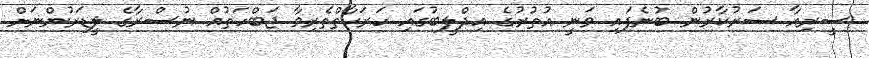
ސީރިއާ ސަރުކާރުން ބުނެފައި ވަނީ އުތުރުގެ އިދްލީބުގައި ހަރަކާތްތެރިވާ ޖަބްހަތުއްް ނުސްރާގެ ލީޑަރުންނަށް